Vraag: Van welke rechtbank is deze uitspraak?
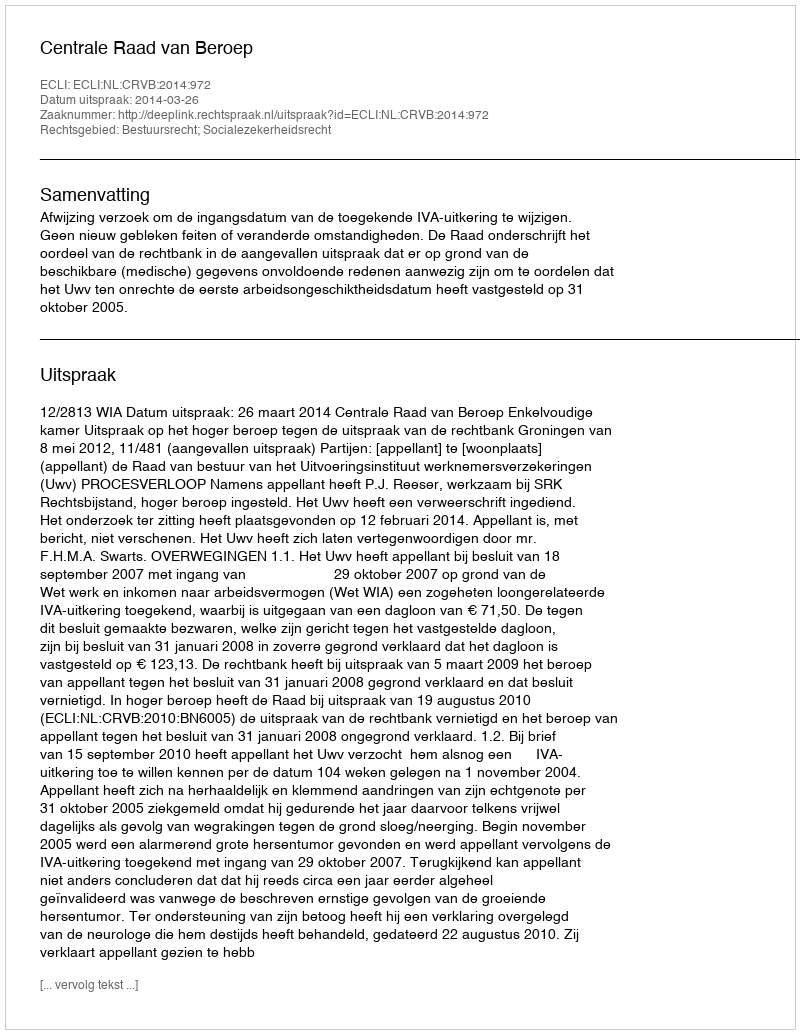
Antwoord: Centrale Raad van Beroep